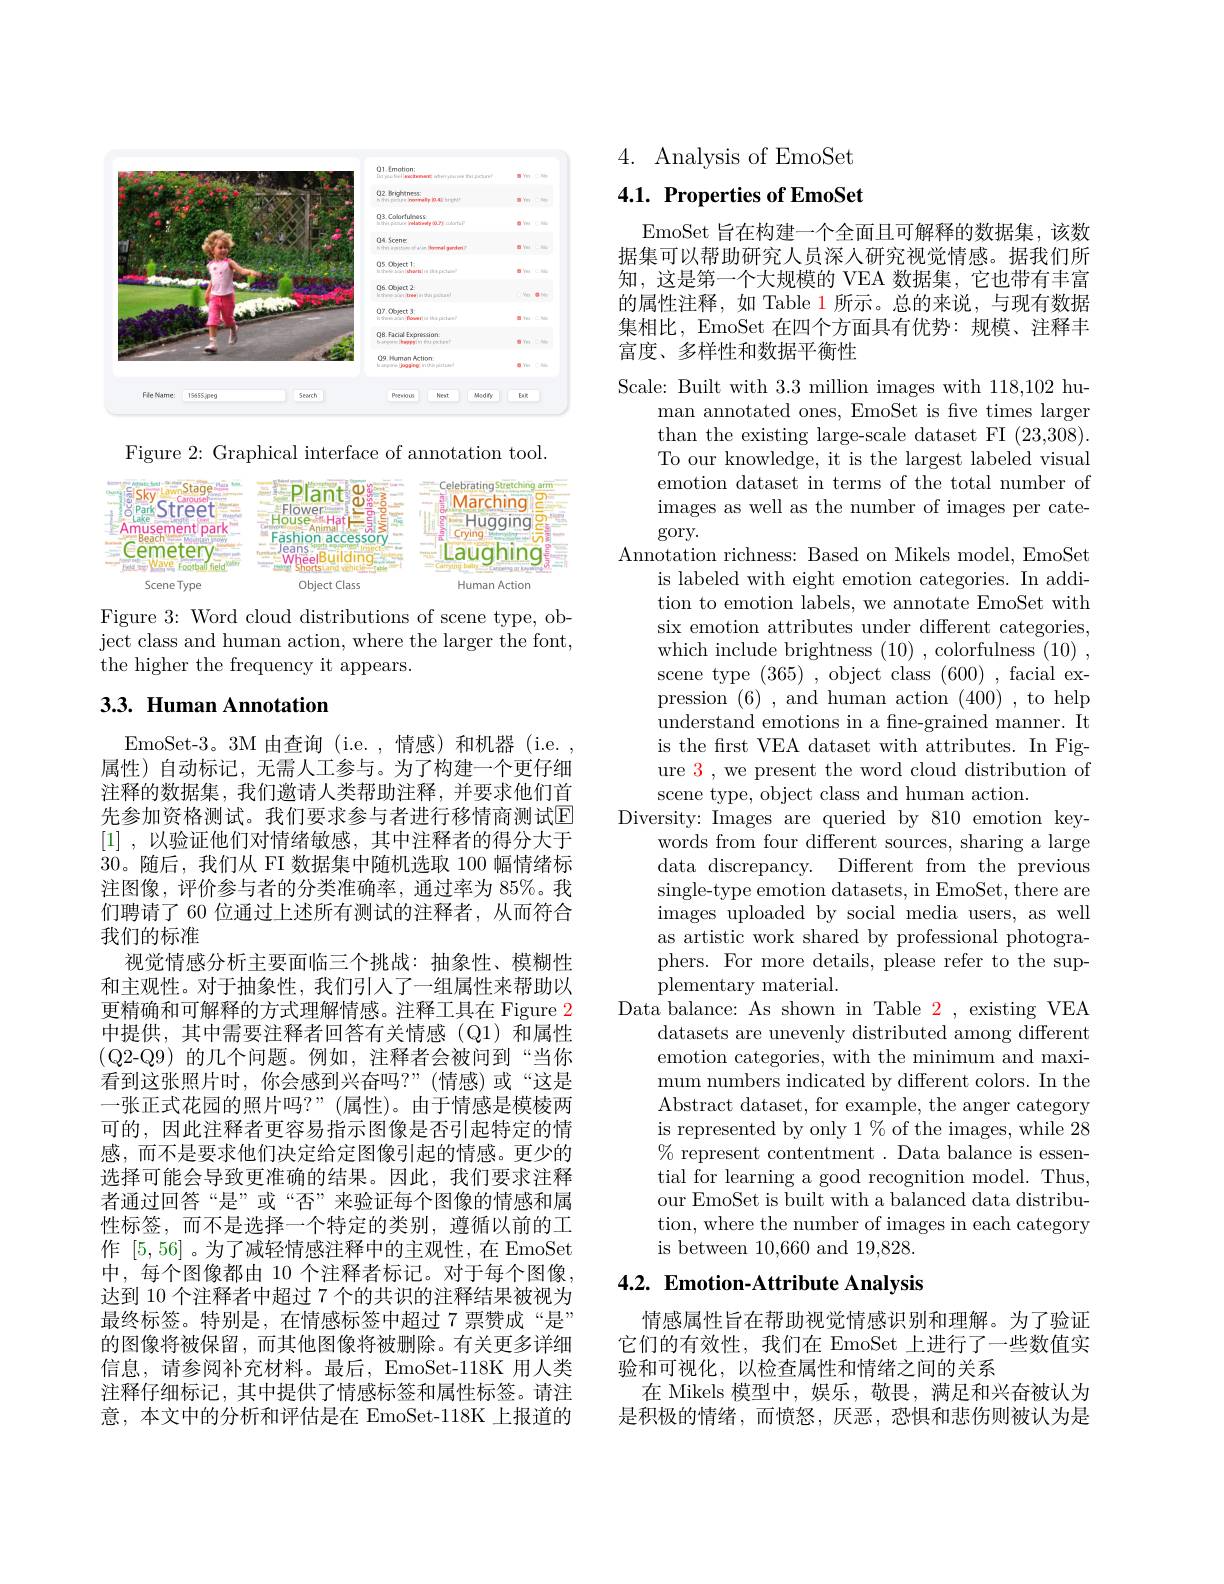
<FigureHere>

Figure 2: Graphical interface of annotation tool.

<FigureHere>

Figure 3: Word cloud distributions of scene type, object class and human action, where the larger the font, the higher the frequency it appears.

## 3.3. Human Annotation

EmoSet-3。3M 由查询 (i.e.,情感)和机器 (i.e. 属性)自动标记，无需人工参与。为了构建一个更仔细注释的数据集，我们邀请人类帮助注释，并要求他们首先参加资格测试。我们要求参与者进行移情商测试$\overline{\mathrm{E}}$ [1] , $以 验 证 他 们 对 情 绪 敏 感 $,其中注释者的得分大于30。随后，我们从 FI 数据集中随机选取 100 幅情绪标注图像，评价参与者的分类准确率，通过率为 85%。我们聘请了 60 位通过上述所有测试的注释者，从而符合我们的标准
视觉情感分析主要面临三个挑战：抽象性、模糊性和主观性。对于抽象性，我们引人了一组属性来帮助以更精确和可解释的方式理解情感。注释工具在 Figure 2中提供，其中需要注释者回答有关情感(Q1)和属性(Q2-Q9)的几个问题。例如，注释者会被问到“当你看到这张照片时，你会感到兴奋吗？”(情感)或“这是一张正式花园的照片吗？”(属性)。由于情感是模棱两可的，因此注释者更容易指示图像是否引起特定的情感，而不是要求他们决定给定图像引起的情感。更少的选择可能会导致更准确的结果。因此，我们要求注释者通过回答“是”或“否”来验证每个图像的情感和属性标签，而不是选择一个特定的类别，遵循以前的工作[5,56]。为了减轻情感注释中的主观性，在 EmoSet 中，每个图像都由 10 个注释者标记。对于每个图像， 达到 10 个注释者中超过 7 个的共识的注释结果被视为最终标签。特别是，在情感标签中超过 7 票赞成“是” 的图像将被保留，而其他图像将被删除。有关更多详细信息，请参阅补充材料。最后，EmoSet-118K 用人类注释仔细标记，其中提供了情感标签和属性标签。请注意，本文中的分析和评估是在 EmoSet-118K 上报道的

4. Analysis of EmoSet

## 4.1. Properties of EmoSet

EmoSet 旨在构建一个全面且可解释的数据集，该数据集可以帮助研究人员深入研究视觉情感。据我们所知，这是第一个大规模的 VEA 数据集，它也带有丰富的属性注释，如 Table 1 所示。总的来说，与现有数据集相比，EmoSet 在四个方面具有优势：规模、注释丰富度、多样性和数据平衡性

Scale: Built with 3.3 million images with 118,102 hu-
man annotated ones, EmoSet is five times larger than the existing large-scale dataset FI (23,308). To our knowledge, it is the largest labeled visual emotion dataset in terms of the total number of images as well as the number of images per cate- $\gcd$ry.
Annotation richness: Based on Mikels model, EmoSet
is labeled with eight emotion categories. In addition to emotion labels, we annotate EmoSet with six emotion attributes under different categories, which include brightness (10) , colorfulness (10) , scene type (365) , object class (600) , facial expression (6), and human action (400), to help understand emotions in a fine-grained manner. It is the frst VEA dataset with attributes. In Figure 3 , we present the word cloud distribution of scene type, object class and human action.
Diversity: Images are queried by 810 emotion key-
words from four different sources, sharing a large data discrepancy. Different from the previous single-type emotion datasets, in EmoSet, there are images uploaded by social media users, as well as artistic work shared by professional photographers. For more details, please refer to the supplementary material.
Data balance: As shown in Table 2, existing VEA
datasets are unevenly distributed among different emotion categories, with the minimum and maximum numbers indicated by different colors. In the Abstract dataset, for example, the anger category is represented by only 1% of the images, while 28 $\%$ represent contentment . Data balance is essential for learning a good recognition model. Thus, our EmoSet is built with a balanced data distribution, where the number of images in each category is between 10,660 and 19,828. 4.2. Emotion-Attribute Analysis

情感属性旨在帮助视觉情感识别和理解。为了验证它们的有效性，我们在 EmoSet 上进行了一些数值实验和可视化，以检查属性和情绪之间的关系
在 Mikels 模型中，娱乐，敬畏，满足和兴奋被认为是积极的情绪，而愤怒，厌恶，恐惧和悲伤则被认为是